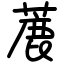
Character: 蔍